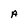
Character: A